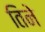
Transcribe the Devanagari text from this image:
तिनेे